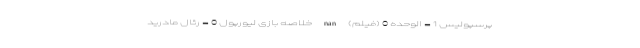
پرسپولیس 1 - الوحده 0 (فیلم) nan خلاصه بازی لیورپول 0 - رئال مادرید